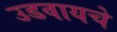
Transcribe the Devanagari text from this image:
उडवायचे